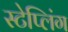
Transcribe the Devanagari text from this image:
स्टेप्लिंग